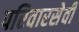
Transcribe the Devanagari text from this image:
परिवारसेवी